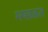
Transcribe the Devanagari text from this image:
मषक़क़त